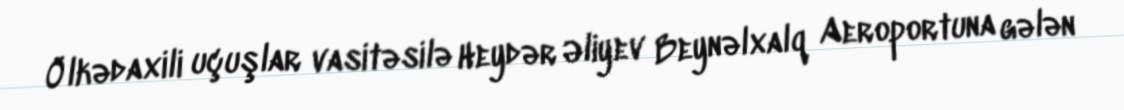
Ölkədaxili uçuşlar vasitəsilə Heydər Əliyev Beynəlxalq Aeroportuna gələn